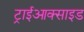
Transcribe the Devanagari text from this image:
ट्राईआक्साइड